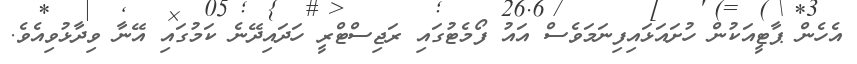
އެހެން ޕާޓީއަކުން ހުށައަޅައިފިނަމަވެސް އައު ފޯމެޓުގައި ރަޖިސްޓްރީ ހަދައިދޭނެ ކަމުގައި އޭނާ ވިދާޅުވިއެވެ.